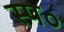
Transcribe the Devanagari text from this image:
स्प०